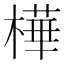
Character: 樺